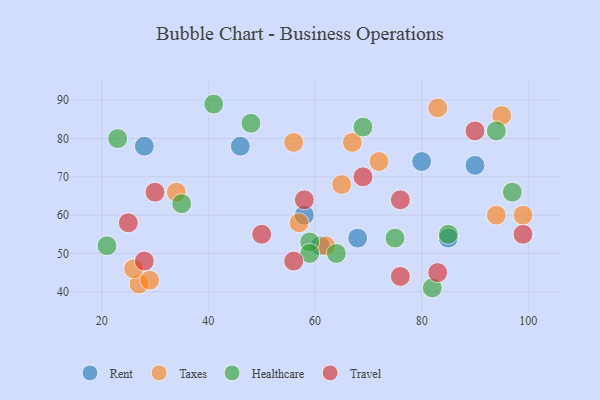
{"axis": {"x": "GDP", "y": "Life Expectancy"}, "legend": ["Healthcare", "Rent", "Taxes", "Travel"], "data": [{"x": "61", "y": 52, "type": "Rent"}, {"x": "90", "y": 73, "type": "Rent"}, {"x": "80", "y": 74, "type": "Rent"}, {"x": "46", "y": 78, "type": "Rent"}, {"x": "68", "y": 54, "type": "Rent"}, {"x": "85", "y": 54, "type": "Rent"}, {"x": "28", "y": 78, "type": "Rent"}, {"x": "58", "y": 60, "type": "Rent"}, {"x": "62", "y": 52, "type": "Taxes"}, {"x": "95", "y": 86, "type": "Taxes"}, {"x": "34", "y": 66, "type": "Taxes"}, {"x": "83", "y": 88, "type": "Taxes"}, {"x": "27", "y": 42, "type": "Taxes"}, {"x": "26", "y": 46, "type": "Taxes"}, {"x": "94", "y": 60, "type": "Taxes"}, {"x": "57", "y": 58, "type": "Taxes"}, {"x": "29", "y": 43, "type": "Taxes"}, {"x": "99", "y": 60, "type": "Taxes"}, {"x": "67", "y": 79, "type": "Taxes"}, {"x": "65", "y": 68, "type": "Taxes"}, {"x": "72", "y": 74, "type": "Taxes"}, {"x": "56", "y": 79, "type": "Taxes"}, {"x": "21", "y": 52, "type": "Healthcare"}, {"x": "97", "y": 66, "type": "Healthcare"}, {"x": "69", "y": 83, "type": "Healthcare"}, {"x": "85", "y": 55, "type": "Healthcare"}, {"x": "41", "y": 89, "type": "Healthcare"}, {"x": "94", "y": 82, "type": "Healthcare"}, {"x": "59", "y": 53, "type": "Healthcare"}, {"x": "64", "y": 50, "type": "Healthcare"}, {"x": "23", "y": 80, "type": "Healthcare"}, {"x": "75", "y": 54, "type": "Healthcare"}, {"x": "82", "y": 41, "type": "Healthcare"}, {"x": "48", "y": 84, "type": "Healthcare"}, {"x": "35", "y": 63, "type": "Healthcare"}, {"x": "59", "y": 50, "type": "Healthcare"}, {"x": "99", "y": 55, "type": "Travel"}, {"x": "90", "y": 82, "type": "Travel"}, {"x": "76", "y": 64, "type": "Travel"}, {"x": "56", "y": 48, "type": "Travel"}, {"x": "30", "y": 66, "type": "Travel"}, {"x": "83", "y": 45, "type": "Travel"}, {"x": "58", "y": 64, "type": "Travel"}, {"x": "25", "y": 58, "type": "Travel"}, {"x": "28", "y": 48, "type": "Travel"}, {"x": "76", "y": 44, "type": "Travel"}, {"x": "50", "y": 55, "type": "Travel"}, {"x": "69", "y": 70, "type": "Travel"}]}